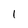
Character: 1